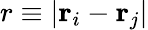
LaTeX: r\equiv\vert\mathbf{r}_{i}-\mathbf{r}_{j}\vert